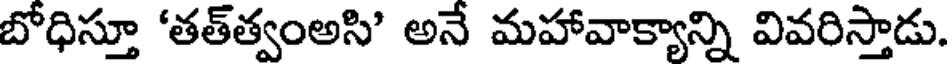
బోధిస్తూ 'తత్త్వంఅసి' అనే మహావాక్యాన్ని వివరిస్తాడు.